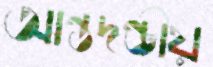
আন্তদণ্ডীয়